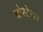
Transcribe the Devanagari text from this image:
प्रोस्टेट्स